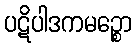
ပဋိပါဒကမဉ္စော